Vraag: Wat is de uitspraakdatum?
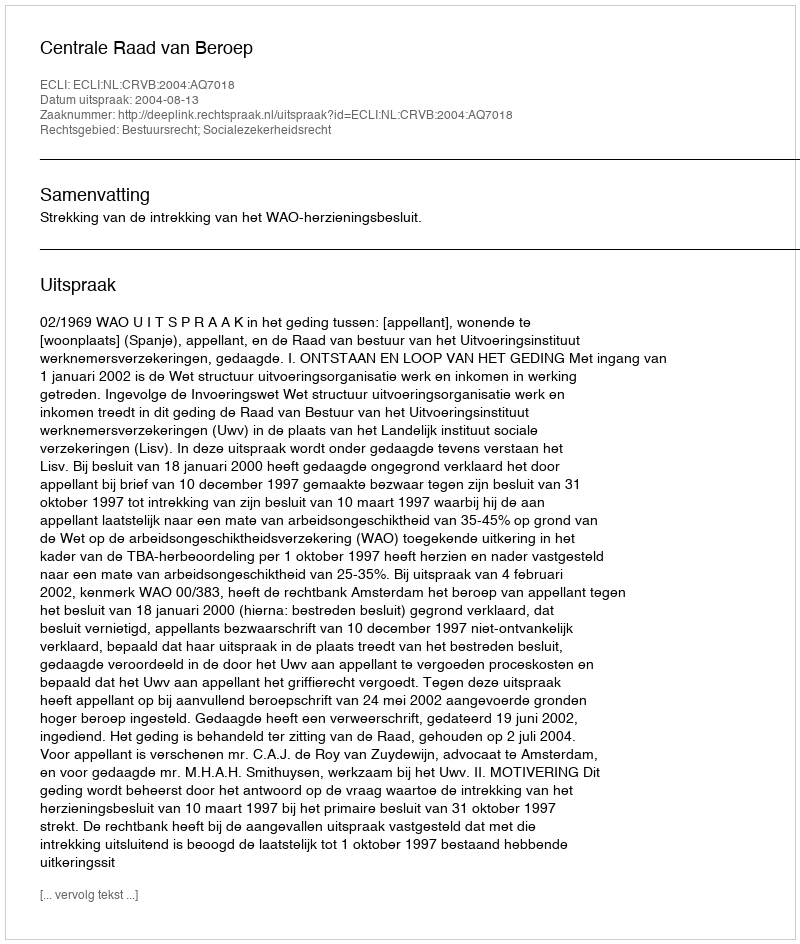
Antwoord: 2004-08-13